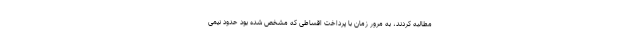
مطالبه کردند، به مرور زمان با پرداخت اقساطی که مشخص شده بود حدود نیمی